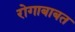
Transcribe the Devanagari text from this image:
रोगाबाबत